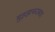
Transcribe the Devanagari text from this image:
मुझ्झफराबाद